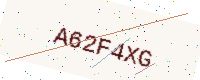
Text: A62F4XG